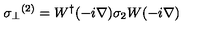
{ \sigma _ { \perp } } ^ { ( 2 ) } = W ^ { \dag } ( - i \mathrm { \boldmath \nabla } ) \sigma _ { 2 } W ( - i \mathrm { \boldmath \nabla } )